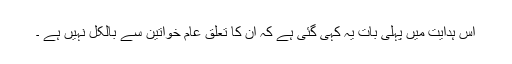
اس ہدایت میں پہلی بات یہ کہی گئی ہے کہ ان کا تعلق عام خواتین سے بالکل نہیں ہے ۔